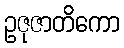
ဥဇုဇာတိကော